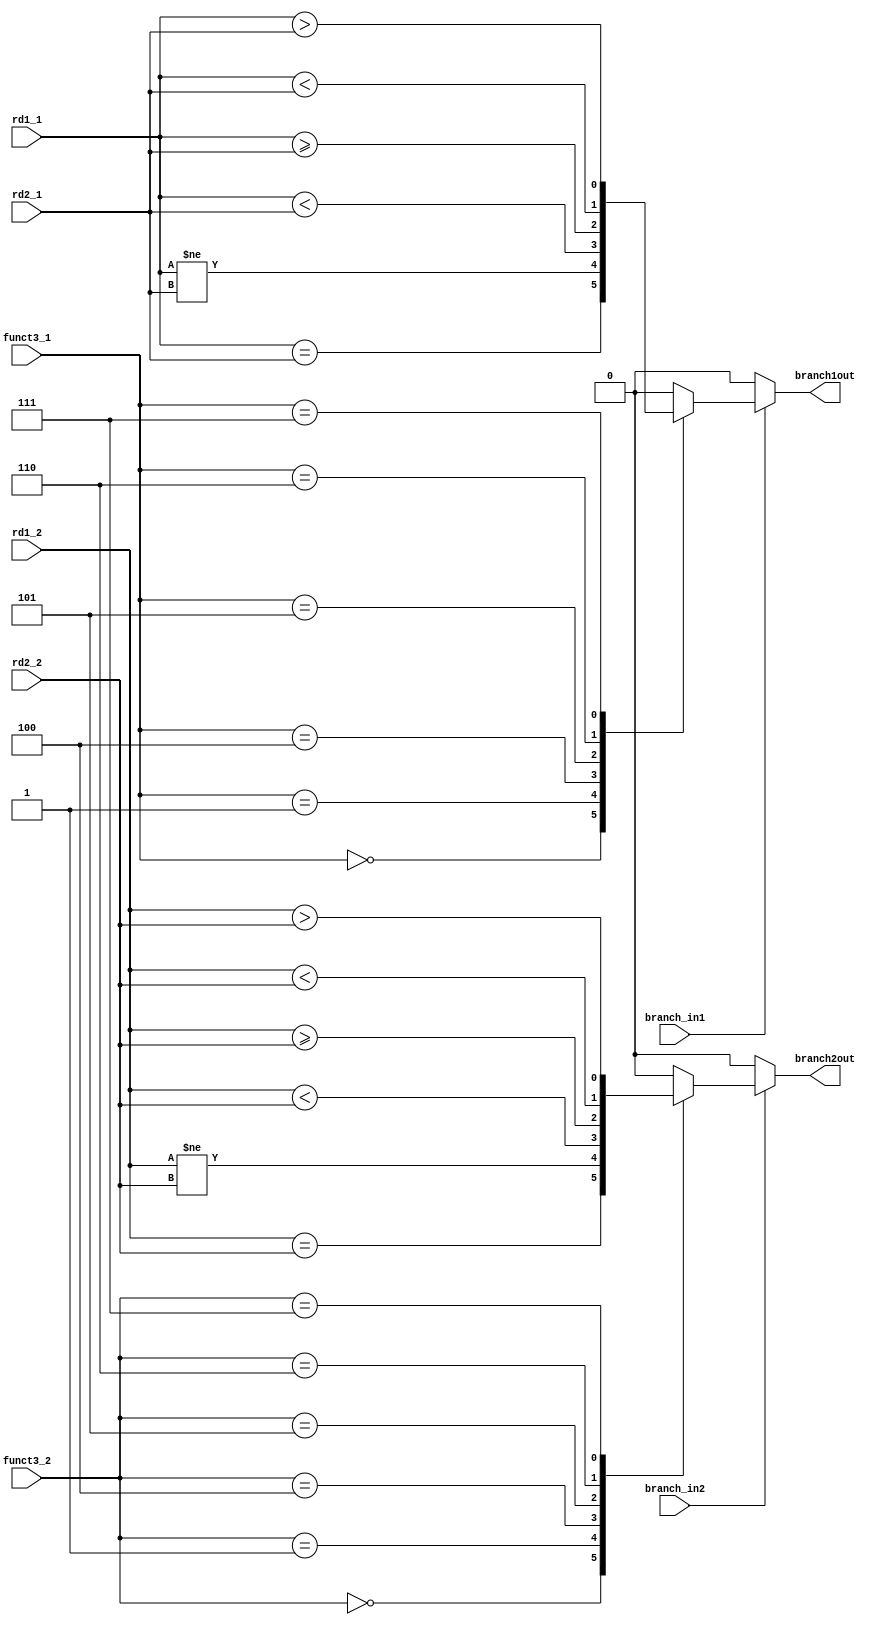
`timescale 1ns / 1ps

module branch_unit(input branch_in1,branch_in2,
input [2:0] funct3_1,
input [2:0] funct3_2,
input [7:0] rd1_1,
input [7:0] rd1_2,
input [7:0] rd2_1,
input [7:0] rd2_2,
output reg branch1out, branch2out);

always @(*)
begin
    // Default values for outputs
    branch1out = 1'b0;
    branch2out = 1'b0;
    
 if (branch_in1) begin
    case (funct3_1)
      3'b000: // BEQ
        branch1out = (rd1_1 == rd2_1);
      3'b001: // BNE
        branch1out = (rd1_1 != rd2_1);
      3'b100: // BLT
        branch1out = ($signed(rd1_1) < $signed(rd2_1));
      3'b101: // BGE
        branch1out = ($signed(rd1_1) >= $signed(rd2_1));
      3'b110: // BLTU
        branch1out = (rd1_1 < rd2_1);
      3'b111: // BGTU
        branch1out = (rd1_1 > rd2_1);
      default:
        branch1out = 1'b0;
    endcase     
  end
  if(branch_in2) begin
  case (funct3_2)    
      3'b000: // BEQ
        branch2out = (rd1_2 == rd2_2);
      3'b001: // BNE
        branch2out = (rd1_2!= rd2_2);
      3'b100: // BLT
        branch2out = ($signed(rd1_2) < $signed(rd2_2));
      3'b101: // BGE
        branch2out = ($signed(rd1_2) >= $signed(rd2_2));
      3'b110: // BLTU
        branch2out = (rd1_2 < rd2_2);
      3'b111: // BGTU
        branch2out = (rd1_2 > rd2_2);
      default:
        branch2out = 1'b0;
    endcase
  end
  end
endmodule